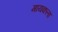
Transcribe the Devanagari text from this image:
मायकला